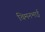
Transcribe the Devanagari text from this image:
चिमनभाई